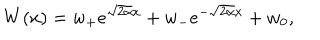
W ( x ) = w _ { + } e ^ { \sqrt { 2 \alpha } x } + w _ { - } e ^ { - \sqrt { 2 \alpha } x } + w _ { 0 } ,